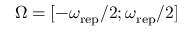
\Omega = [ - \omega _ { \mathrm { r e p } } / 2 ; \omega _ { \mathrm { r e p } } / 2 ]